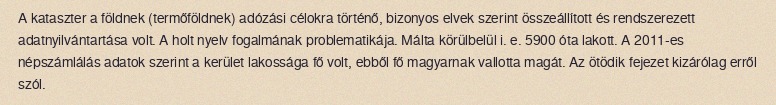
A kataszter a földnek (termőföldnek) adózási célokra történő, bizonyos elvek szerint összeállított és rendszerezett adatnyilvántartása volt. A holt nyelv fogalmának problematikája. Málta körülbelül i. e. 5900 óta lakott. A 2011-es népszámlálás adatok szerint a kerület lakossága fő volt, ebből fő magyarnak vallotta magát. Az ötödik fejezet kizárólag erről szól.